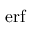
\operatorname { e r f }